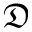
\mathfrak { D }